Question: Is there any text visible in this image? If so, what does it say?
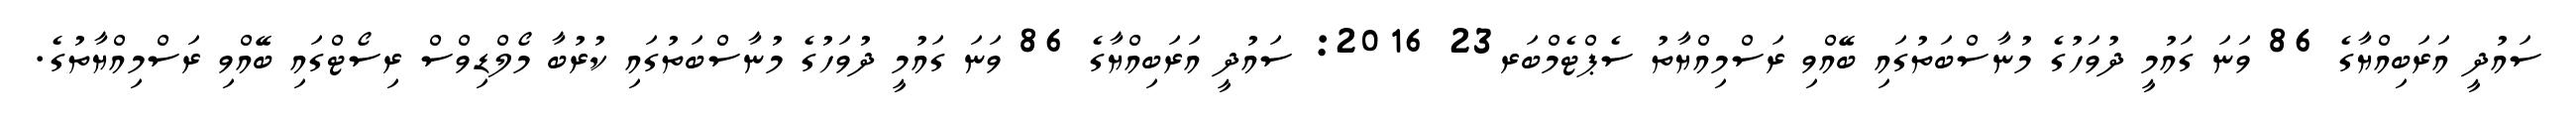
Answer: ސައުދީ އަރަބިއްޔާގެ 86 ވަނަ ގައުމީ ދުވަހުގެ މުނާސްބަތުގައި ބޭއްވި ރަސްމިއްޔާތު ސެޕްޓެމްބަރ23 2016: ސައުދީ އަރަބިއްޔާގެ 86 ވަނަ ގައުމީ ދުވަހުގެ މުނާސްބަތުގައި ކުރުބާ މޯލްޑިވްސް ރިސޯޓްގައި ބޭއްވި ރަސްމިއްޔާތުގެ.